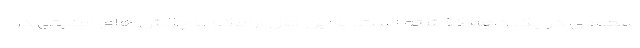
سعودی در یک دهه گذشته است. با این حال ارامکو با چالش های امنیتی در